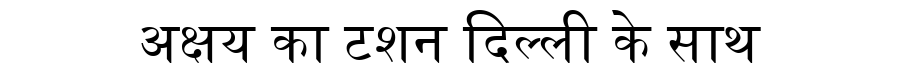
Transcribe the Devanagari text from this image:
अक्षय का टशन दिल्ली के साथ